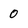
Character: 0